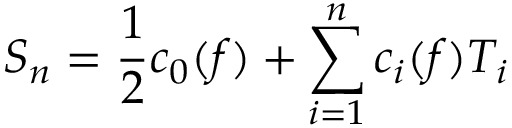
S _ { n } = { \frac { 1 } { 2 } } c _ { 0 } ( f ) + \sum _ { i = 1 } ^ { n } c _ { i } ( f ) T _ { i }